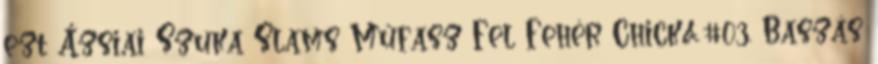
ezt Ázsiai Szuka Slams Műfasz Fel Fehér Chick&#03. Baszás